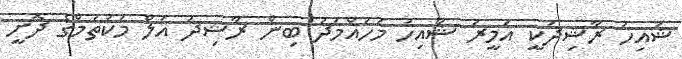
ޝައިހު ރާޝިދަކީ އަމީރު ޝައިހު މުހައްމަދު ބިން ރާޝިދު އަލް މަކުތުމްގެ ދޮށީ